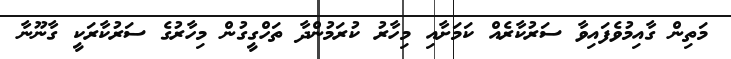
މަތިން ގާއިމުވެފައިވާ ސަރުކާރެއް ކަމަށާއި މިހާރު ކުރަމުންދާ ތަހްގީގުން މިހާރުގެ ސަރުކާރަކީ ގާނޫނާ